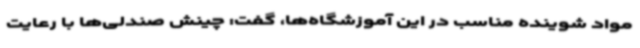
مواد شوینده مناسب در این آموزشگاه‌ها، گفت: چینش صندلی‌ها با رعایت